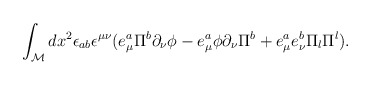
\begin{align*}\int_{\cal M} dx^2\epsilon_{ab}\epsilon^{\mu\nu} (e^a_\mu \Pi^b\partial_\nu \phi-e^a_\mu \phi\partial_\nu \Pi^b+ e^a_\mu e^b_\nu \Pi_l \Pi^l).\end{align*}